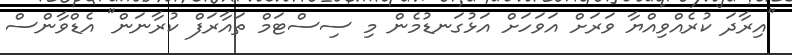
"އިރާދަ ކުރެއްވިއްޔާ ވަރަށް އަވަހަށް އަޅުގަނޑުމެން މި ސިސްޓަމް ތައާރަފް ކުރާނަން" އެޑްވާންސް